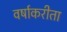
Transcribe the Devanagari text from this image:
वर्षाकरीता